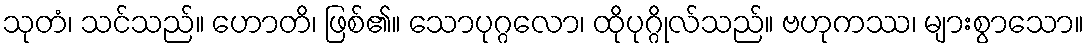
သုတံ၊ သင်သည်။ ဟောတိ၊ ဖြစ်၏။ သောပုဂ္ဂလော၊ ထိုပုဂ္ဂိုလ်သည်။ ဗဟုကဿ၊ များစွာသော။